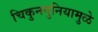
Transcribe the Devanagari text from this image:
चिकुनगुनियामुळे